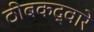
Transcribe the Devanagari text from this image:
ठीबकद्वारे